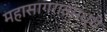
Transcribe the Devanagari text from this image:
महासागरातमध्ये